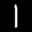
Label: 1